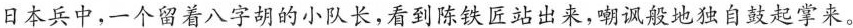
日本兵中,一个留着八字胡的小队长,看到陈铁匠站出来,嘲讽般地独自鼓起掌来。